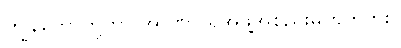
ကျွန်တော်တို့ဟာ အာဏာ ရအဖွဲ့အစည်းမဟုတ်ဘူး။